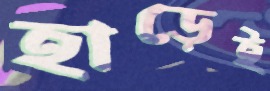
হাড়েই